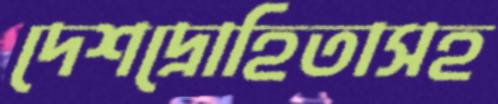
দেশদ্রোহিতাসহ